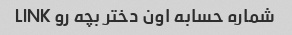
شماره حسابه اون دختر بچه رو LINK